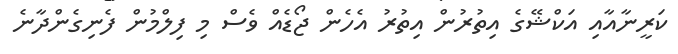
ކަރީނާއާއި އަކްޝޭގެ އިތުރުން އިތުރު އެހެން ޖޯޑެއް ވެސް މި ފިލްމުން ފެނިގެންދާނެ